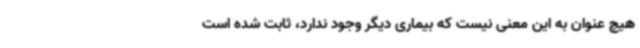
هیچ عنوان به این معنی نیست که بیماری دیگر وجود ندارد، ثابت شده است